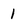
Character: 1